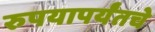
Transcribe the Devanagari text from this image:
रुपयापर्यंतचे